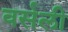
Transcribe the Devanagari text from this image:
वर्सली